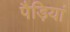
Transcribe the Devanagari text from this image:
पैड़ियां